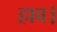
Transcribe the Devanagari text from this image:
हाव।